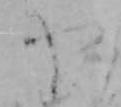
や